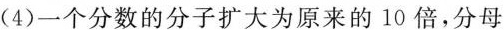
(4)一个分数的分子扩大为原来的10倍，分母